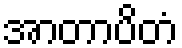
အာတာပိတံ